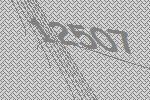
12507